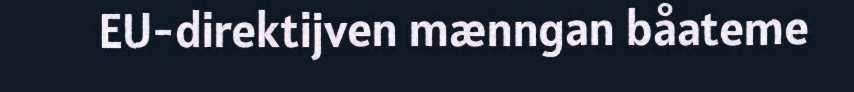
EU-direktijven mænngan båateme